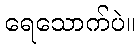
ရေသောက်ပဲ။